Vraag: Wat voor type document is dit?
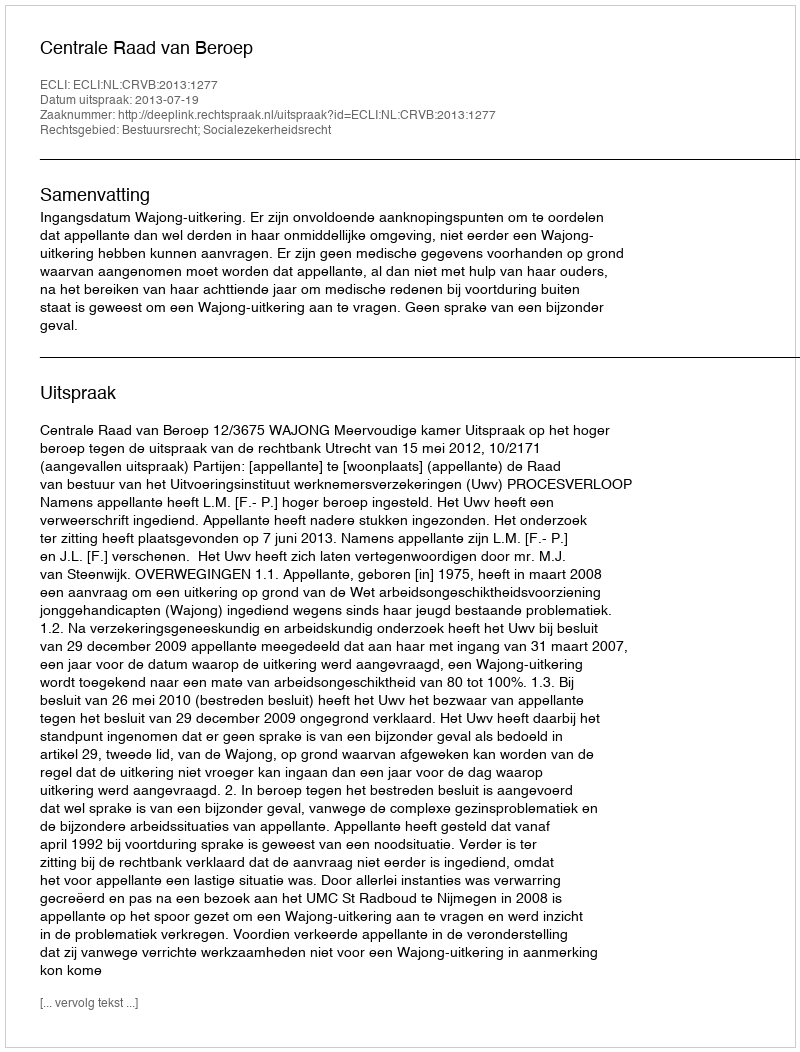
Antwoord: Uitspraak